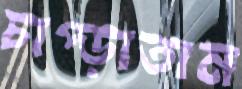
চাপ্‌ড়াতাম